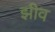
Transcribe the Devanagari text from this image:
झीव